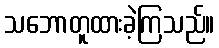
သဘောတူထားခဲ့ကြသည်။